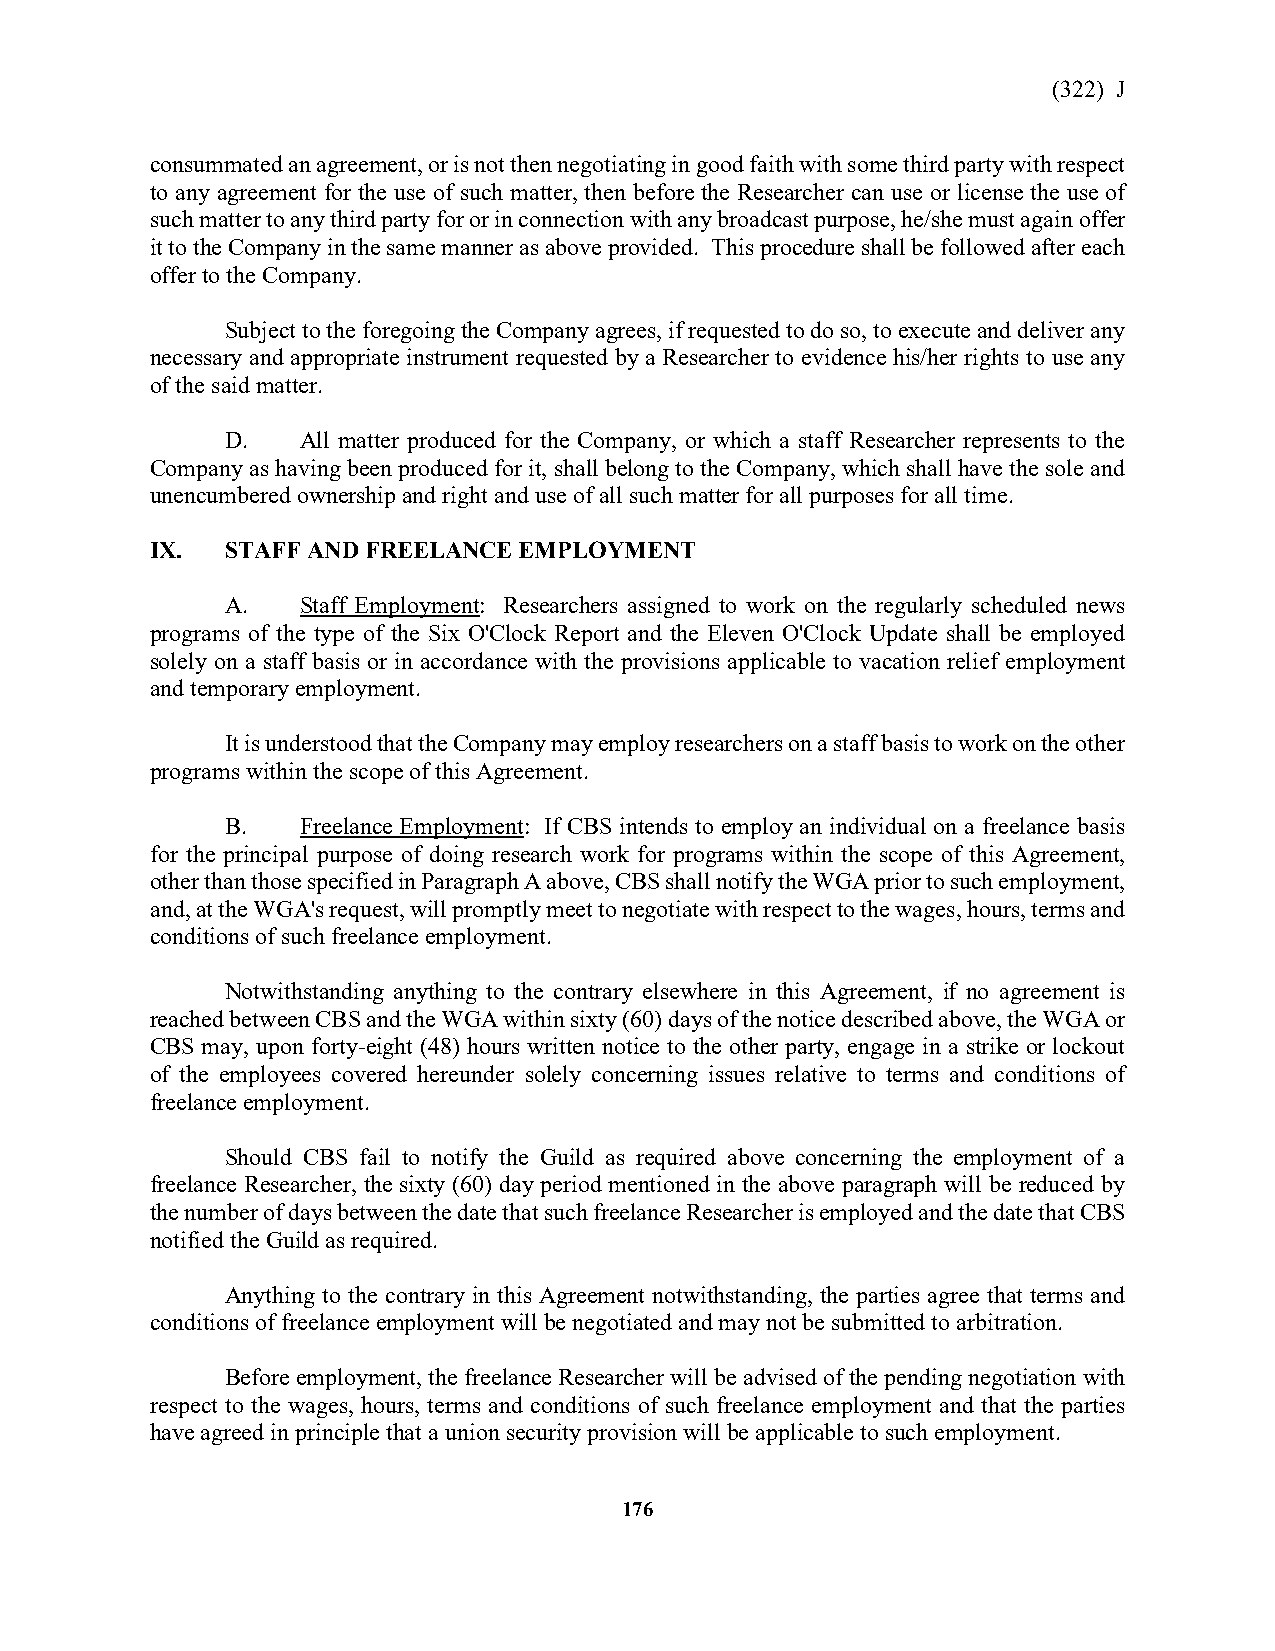
(322) J
 consummated an agreement, or is not then negotiating in good faith with some third party with respect
 to any agreement for the use of such matter, then before the Researcher can use or license the use of
 such matter to any third party for or in connection with any broadcast purpose, he/she must again offer
 it to the Company in the same manner as above provided. This procedure shall be followed after each
 offer to the Company.
 Subject to the foregoing the Company agrees, if requested to do so, to execute and deliver any
 necessary and appropriate instrument requested by a Researcher to evidence his/her rights to use any
 of the said matter.
 D.   All matter produced for the Company, or which a staff Researcher represents to the
 Company as having been produced for it, shall belong to the Company, which shall have the sole and
 unencumbered ownership and right and use of all such matter for all purposes for all time.
 IX.  STAFF AND FREELANCE EMPLOYMENT
 A.   Staff Employment: Researchers assigned to work on the regularly scheduled news
 programs of the type of the Six O'Clock Report and the Eleven O'Clock Update shall be employed
 solely on a staff basis or in accordance with the provisions applicable to vacation relief employment
 and temporary employment.
 It is understood that the Company may employ researchers on a staff basis to work on the other
 programs within the scope of this Agreement.
 B.   Freelance Employment: If CBS intends to employ an individual on a freelance basis
 for the principal purpose of doing research work for programs within the scope of this Agreement,
 other than those specified in Paragraph A above, CBS shall notify the WGA prior to such employment,
 and, at the WGA's request, will promptly meet to negotiate with respect to the wages, hours, terms and
 conditions of such freelance employment.
 Notwithstanding anything to the contrary elsewhere in this Agreement, if no agreement is
 reached between CBS and the WGA within sixty (60) days of the notice described above, the WGA or
 CBS may, upon forty-eight (48) hours written notice to the other party, engage in a strike or lockout
 of the employees covered hereunder solely concerning issues relative to terms and conditions of
 freelance employment.
 Should CBS fail to notify the Guild as required above concerning the employment of a
 freelance Researcher, the sixty (60) day period mentioned in the above paragraph will be reduced by
 the number of days between the date that such freelance Researcher is employed and the date that CBS
 notified the Guild as required.
 Anything to the contrary in this Agreement notwithstanding, the parties agree that terms and
 conditions of freelance employment will be negotiated and may not be submitted to arbitration.
 Before employment, the freelance Researcher will be advised of the pending negotiation with
 respect to the wages, hours, terms and conditions of such freelance employment and that the parties
 have agreed in principle that a union security provision will be applicable to such employment.
 176